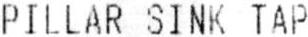
PILLAR SINK TAP